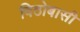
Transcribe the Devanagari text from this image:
विठोबासी